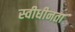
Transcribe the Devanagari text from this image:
स्वीधीनता